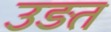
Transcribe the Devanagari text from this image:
उड़त